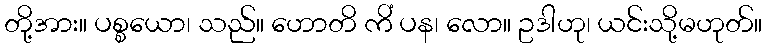
တို့အား။ ပစ္စယော၊ သည်။ ဟောတိ ကိံ ပန၊ လော။ ဥဒါဟု၊ ယင်းသို့မဟုတ်။